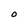
Character: O